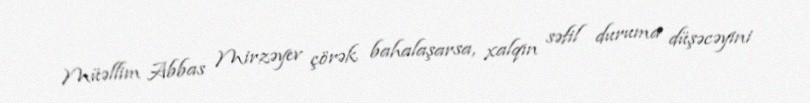
Müəllim Abbas Mirzəyev çörək bahalaşarsa, xalqın səfil duruma düşəcəyini